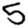
Digit: 5